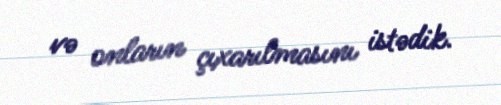
və onların çıxarılmasını istədik.